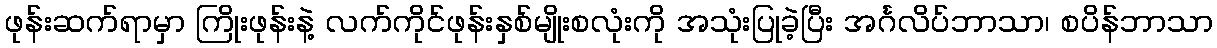
ဖုန်းဆက်ရာမှာ ကြိုးဖုန်းနဲ့ လက်ကိုင်ဖုန်းနှစ်မျိုးစလုံးကို အသုံးပြုခဲ့ပြီး အင်္ဂလိပ်ဘာသာ၊ စပိန်ဘာသာ